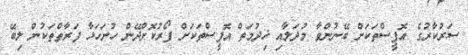
ސަރުކާރުގެ އޮފީސްތަކަށް ބޭނުންވާ މުދަލާއި ޚިދުމަތް އޮފީސްތަކަށް ފޯރުކޮށްދޭން ހުށަހަޅާ ފަރާތްތަކުން ލިބޭ